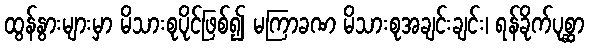
ထွန်နွားများမှာ မိသားစုပိုင်ဖြစ်၍ မကြာခဏ မိသားစုအချင်းချင်း၊ ရန်ခိုက်ပုစ္ဆာ